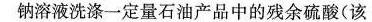
钠溶液洗涤一定量石油产品中的残余硫酸(该